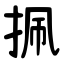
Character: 㧩